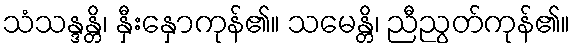
သံသန္ဒန္တိ၊ နှီးနှောကုန်၏။ သမေန္တိ၊ ညီညွတ်ကုန်၏။